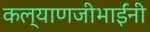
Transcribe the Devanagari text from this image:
कल्याणजीभाईंनी